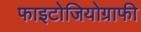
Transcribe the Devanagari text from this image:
फाइटोजियोग्राफी